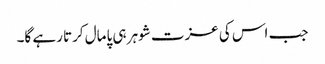
جب اس کی عزت شوہر ہی پامال کرتا رہے گا۔